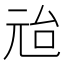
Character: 兘